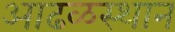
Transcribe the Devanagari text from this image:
आढळस्थान